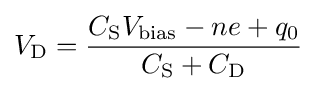
V_{\rm {D}}={\frac {C_{\rm {S}}V_{\rm {bias}}-ne+q_{0}}{C_{\rm {S}}+C_{\rm {D}}}}